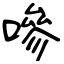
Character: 嘇